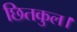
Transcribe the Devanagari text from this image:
छितकुल।